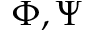
\Phi , \Psi